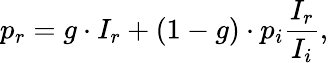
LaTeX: p_{r}=g\cdot I_{r}+(1-g)\cdot p_{i}\frac{I_{r}}{I_{i}},